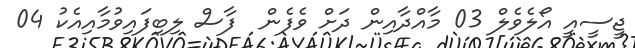
ޖީސީއީ އޯލެވެލް 03 މާއްދާއިން ދަށް ވެފެން  ފާސް ލިބިފައިވުމާއިއެކު 04